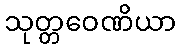
သုတ္တဝေဏိယာ